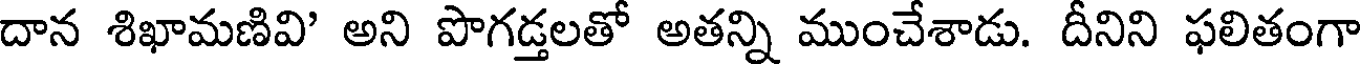
దాన శిఖామణివి' అని పొగడ్తలతో అతన్ని ముంచేశాడు. దీనిని ఫలితంగా